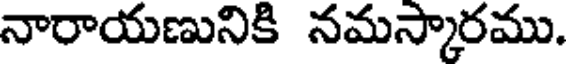
నారాయణునికి నమస్కారము.